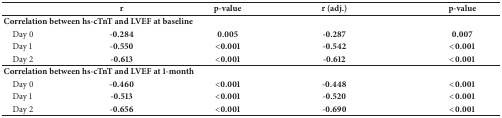
<table><thead><tr><td><b> </b></td><td><b>r</b></td><td><b>p-value</b></td><td><b>r (adj.)</b></td><td><b>p-value</b></td></tr></thead><tbody><tr><td colspan="5"><b>Correlation between hs-cTnT and LVEF at baseline</b></td></tr><tr><td> Day 0</td><td><b>-0.284</b></td><td><b>0.005</b></td><td><b>-0.287</b></td><td><b>0.007</b></td></tr><tr><td> Day 1</td><td><b>-0.550</b></td><td><b>&lt;0.001</b></td><td><b>-0.542</b></td><td><b>&lt;0.001</b></td></tr><tr><td> Day 2</td><td><b>-0.613</b></td><td><b>&lt;0.001</b></td><td><b>-0.612</b></td><td><b>&lt;0.001</b></td></tr><tr><td colspan="5"><b>Correlation between hs-cTnT and LVEF at 1-month</b></td></tr><tr><td> Day 0</td><td><b>-0.460</b></td><td><b>&lt;0.001</b></td><td><b>-0.448</b></td><td><b>&lt;0.001</b></td></tr><tr><td> Day 1</td><td><b>-0.513</b></td><td><b>&lt;0.001</b></td><td><b>-0.520</b></td><td><b>&lt;0.001</b></td></tr><tr><td> Day 2</td><td><b>-0.656</b></td><td><b>&lt;0.001</b></td><td><b>-0.690</b></td><td><b>&lt;0.001</b></td></tr></tbody></table>